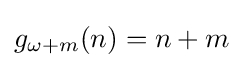
g_{\omega +m}(n)=n+m